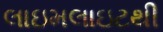
લાઇમલાઇટથી